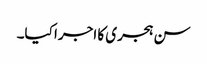
سن ہجری کا اجرا کیا۔